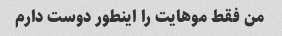
من فقط موهایت را اینطور دوست دارم